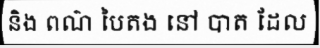
និង ពណ៌ បៃតង នៅ បាត ដែល